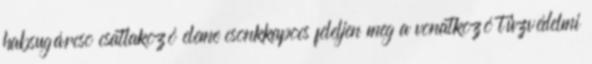
habsugárcsõ csatlakozó eleme csonkkapocs feleljen meg a vonatkozó tûzvédelmi